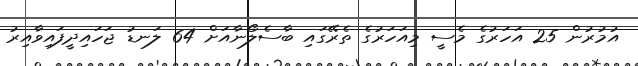
އުމުރުން 25 އަހަރުގެ މެސީ މިއަހަރުގެ ތެރޭގައި ބާސެލޯނާއަށް 64 ލަނޑު ޖަހައިދީފައިވާއިރު